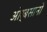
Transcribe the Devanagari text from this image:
ओर्बसानो